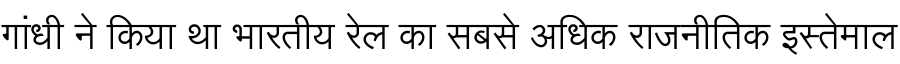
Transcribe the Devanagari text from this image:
गांधी ने किया था भारतीय रेल का सबसे अधिक राजनीतिक इस्तेमाल